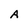
Character: A